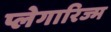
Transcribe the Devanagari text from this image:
प्लेगारिज्म